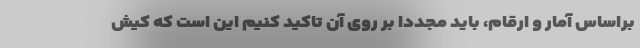
براساس آمار و ارقام، باید مجددا بر روی آن تاکید کنیم این است که کیش